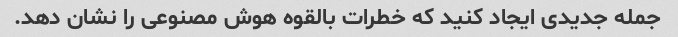
جمله جدیدی ایجاد کنید که خطرات بالقوه هوش مصنوعی را نشان دهد.